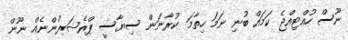
ނޫސް ހުއްޓިއްޖެ ކަމައް ބުނި ނަމަ ހިތާމަ ކުުރާނަން ސިޔާސީ ޕްރެޝަރުންނެއް ނޫން